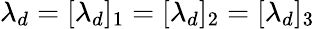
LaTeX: \lambda_{d}=[\lambda_{d}]_{1}=[\lambda_{d}]_{2}=[\lambda_{d}]_{3}